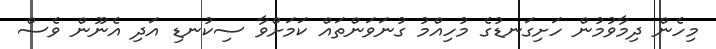
މިހެން ދިމާވުމުން ހަށިގަނޑުގެ މުހިއްމު ގުނަވަންތައް ކަމަށްވާ ސިކުނޑި އަދި އެނޫން ވެސް